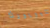
بنيويورك